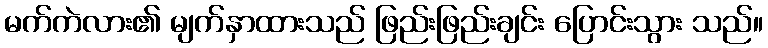
မက်ကဲလား၏ မျက်နှာထားသည် ဖြည်းဖြည်းချင်း ပြောင်းသွား သည်။